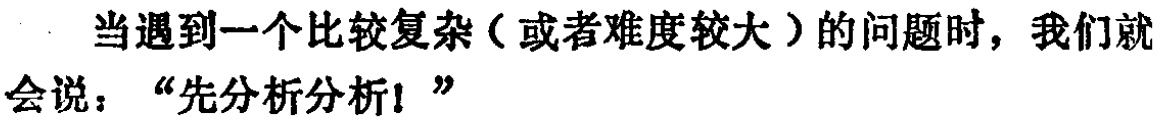
当遇到一个比较复杂（或者难度较大）的问题时，我们就会说：“先分析分析！”